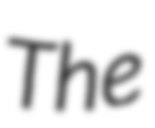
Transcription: The